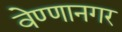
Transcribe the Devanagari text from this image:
वेण्णानगर